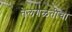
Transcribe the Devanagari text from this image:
तेलगळतीचा